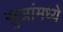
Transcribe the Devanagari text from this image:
सुत्रांमध्ये